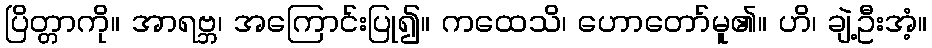
ပြိတ္တာကို။ အာရဗ္ဘ၊ အကြောင်းပြု၍။ ကထေသိ၊ ဟောတော်မူ၏။ ဟိ၊ ချဲ့ဦးအံ့။